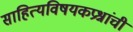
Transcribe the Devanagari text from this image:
साहित्यविषयकप्रश्नांची